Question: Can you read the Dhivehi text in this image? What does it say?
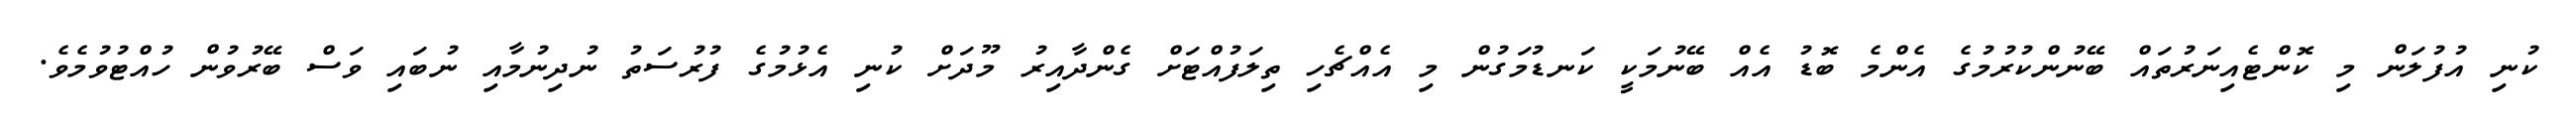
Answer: ކުނި އުފުލަން މި ކޮންޓެއިނަރުތައް ބޭނުންކުރުމުގެ އެންމެ ބޮޑު އެއް ބޭނުމަކީ ކަނޑުމަގުން މި އެއްޗެހި ތިލަފުއްޓަށް ގެންދާއިރު މޫދަށް ކުނި އެޅުމުގެ ފުރުސަތު ނުދިނުމާއި ނުބައި ވަސް ބޭރުވުން ހުއްޓުވުމެވެ.